Vaccination in the Punjab 1867-1880 - 1867-1880
Year: 1867
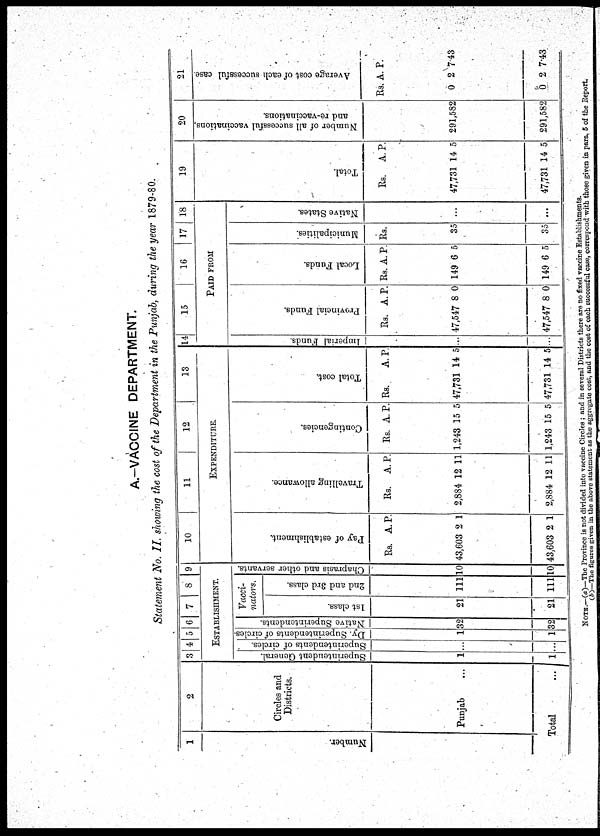
A.-VACCINE DEPARTMENT.
Statement No. II. showing the cost of the Department in the Punjab, during the year 1879-80.
1
Number.
2
Circles and
Districts.
Punjab ...
Total
3 4 5 6 7
8 9
ESTABLISHMENT.
Superintendent General.
1
1
Superintendents of circles.
...
...
Dy. Superintendents of circles.
1
11
Native Superintendents.
32
32
Vacci¬
nators.
1st class.
21
21
2nd and 3rd class.
111
111
Chaprasis and other servants
10
10
10
11
12
13
EXPENDITURE.
Pay of establishment.
Rs.
43,603
43,603
Á.
2
2
P.
1
1
Travelling allowance
Rs.
2,884
2,884
A.
12
12
P.
11
11
Contingencies.
Rs.
1,243
1,243
A.
15
15
P.
5
5
Total cost.
Rs.
47,731
47,731
A.
14
14
P.
5
5
14
Imperial Funds.
...
...
15
16
17 18
PAID FROM
Provincial Funds.
Rs.
47,547
47,547
A.
8
8
P.
0
0
Local Funds.
Rs.
149
149
A.
6
6
P.
5
5
Municipalities.
Rs.
35
35
Native States.
...
...
19
Total.
Rs.
47,731
47,731
A.
14
14
P.
5
5
20
Number of all successful vaccinations
and re-vaccinations.
291,582
291,582
21
Average cost of each successful case
Rs.
0
0
A.
2
2
P.
7.43
7.43
NOTE.—(a)—The Province is not divided into vaccine Circles ; and in several Districts there are no fixed vaccine Establishment.
(b)—The figure given in the above statement as the aggregate cost, and the cost of each successful case, correspond with those given in para 5 of the Report.